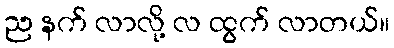
ည နက် လာလို့ လ ထွက် လာတယ်။